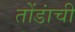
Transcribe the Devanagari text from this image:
तोंडांची